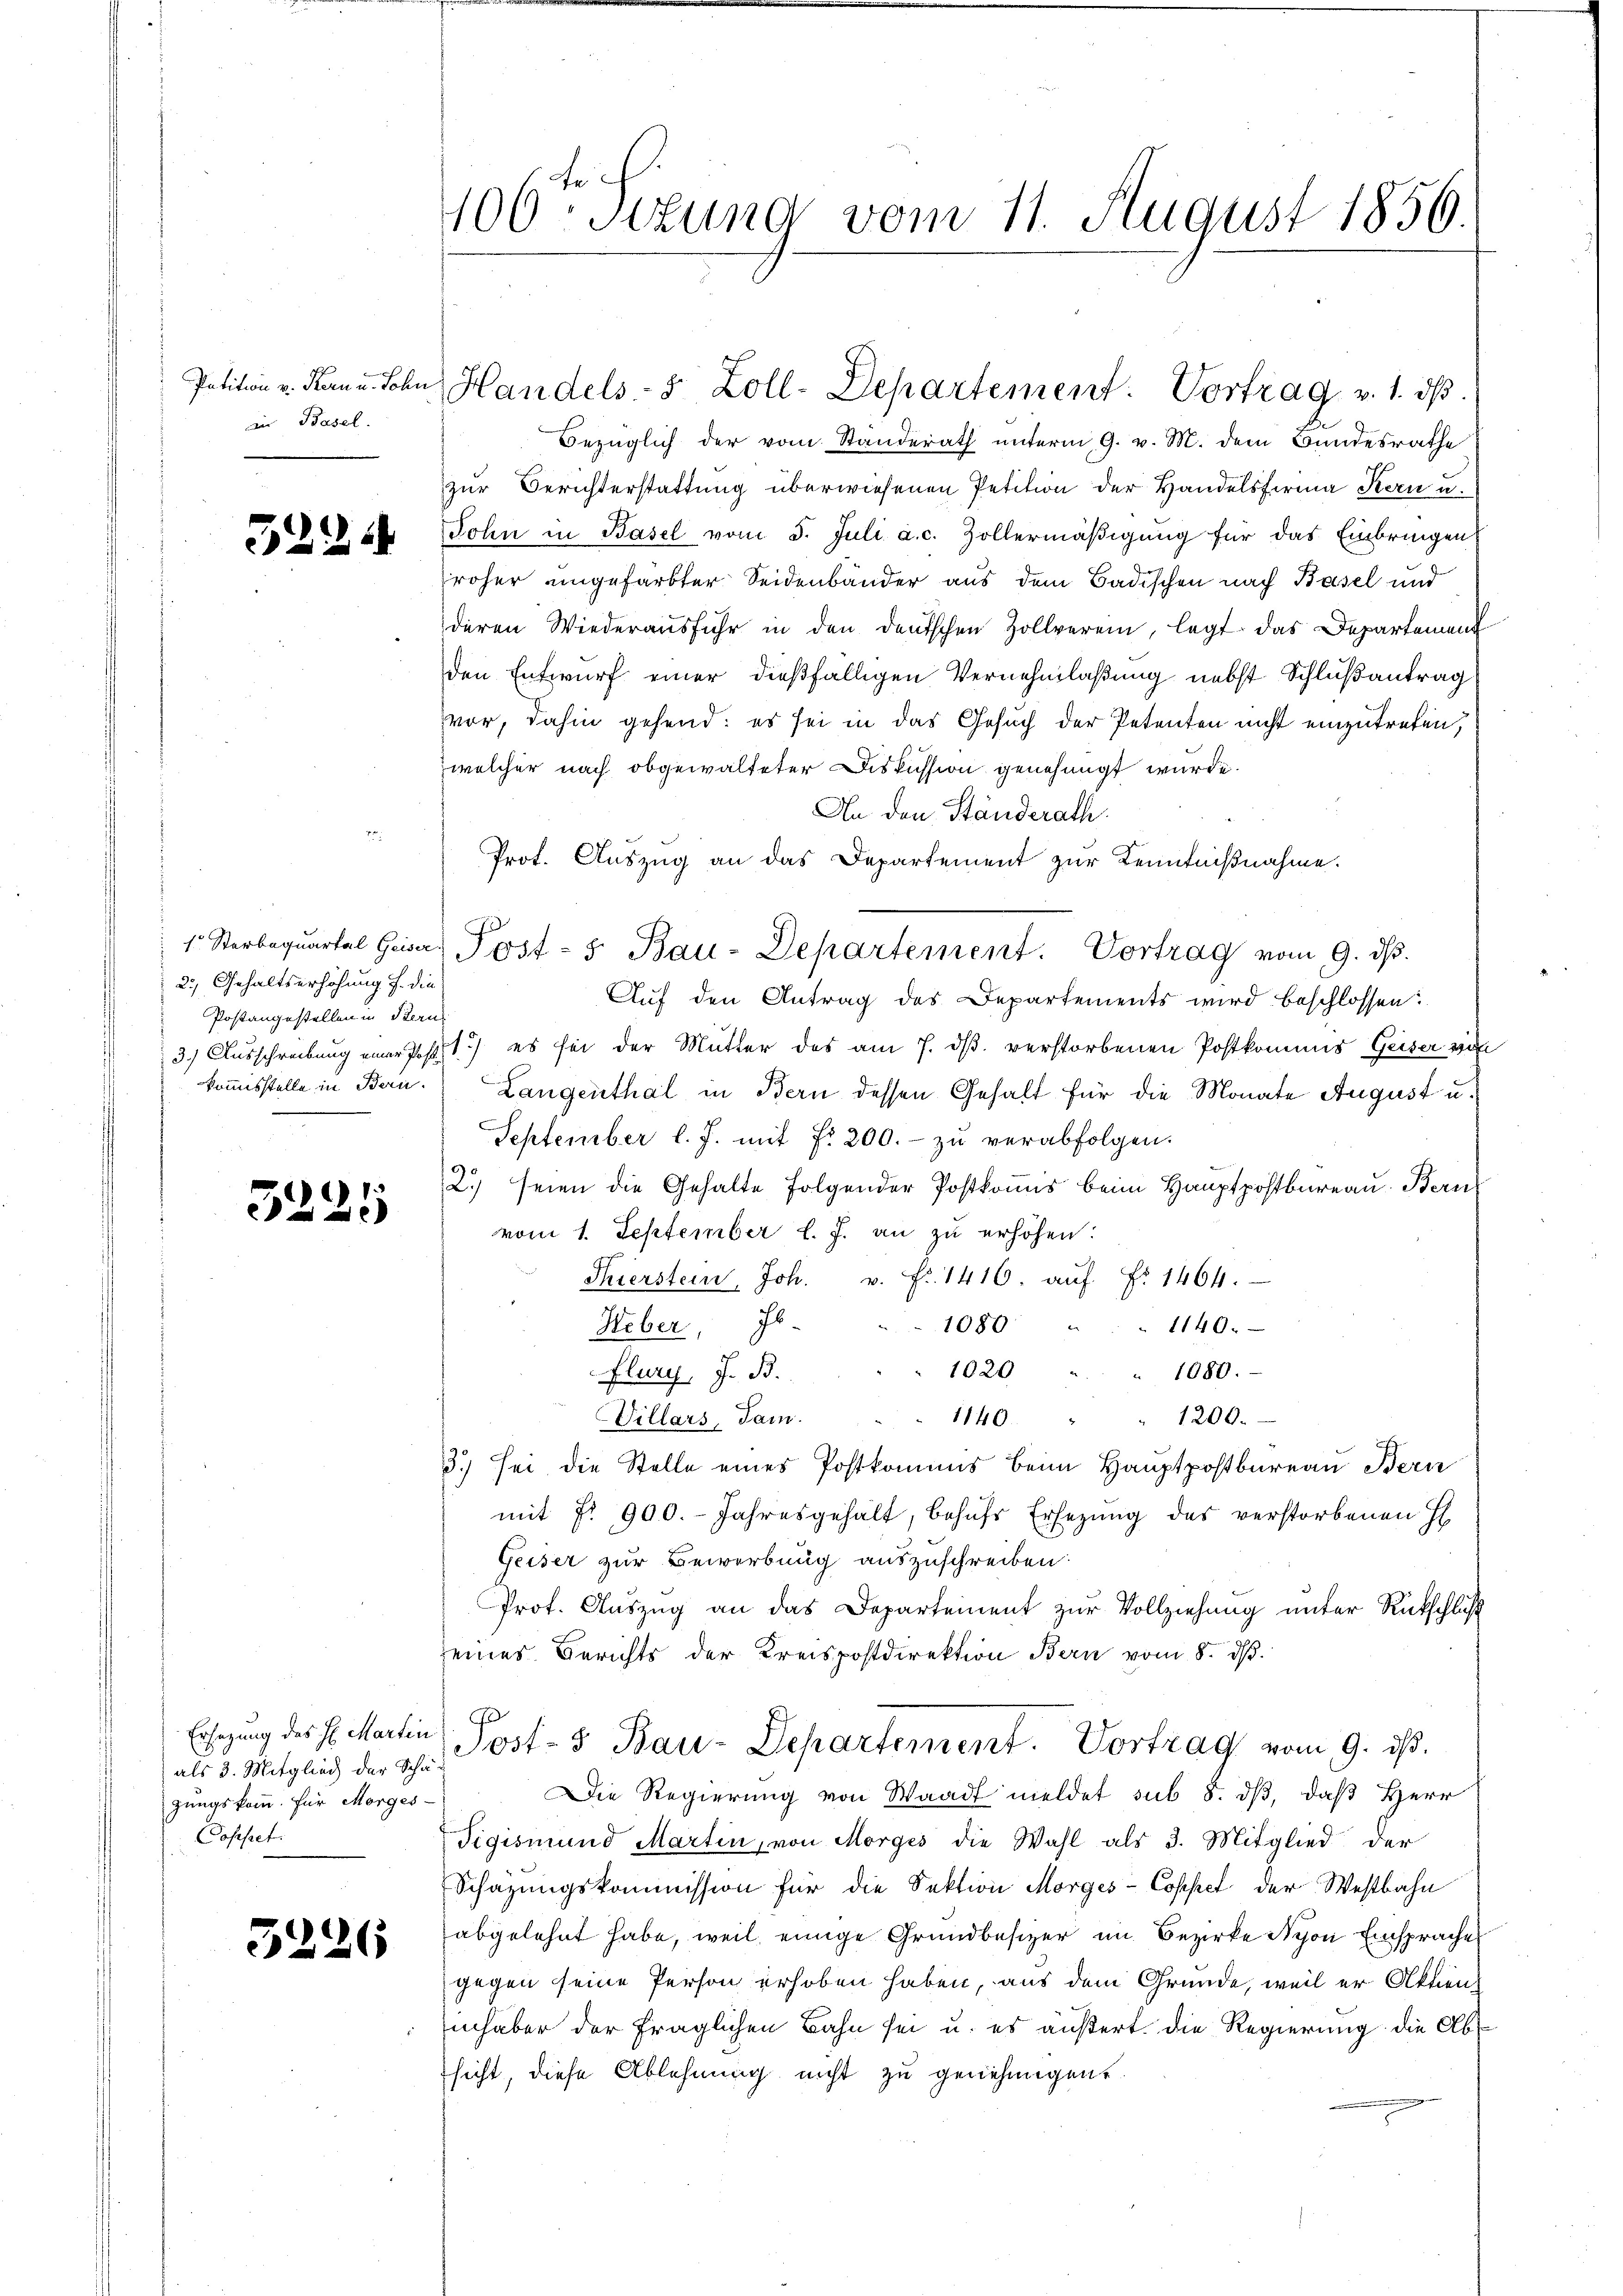
der Basel.

322.

5225

3226

100 Stzung vom 11. August 1856.

Bezüglich der vom Standerath unterm 9. v. M. dem Bundesrathe
zur Berichterstattung überwiesenen Petition der Handelsfirma Kern u.
John in Basel vom 5. Juli a. c. Zollermäßigung für das Einbringen
roher ungefärbter Seidenbänder aus dem Badischen nach Basel und
deren Wiederausfuhr in den deutschen Zollverein, legt das Departemend
den Entwurf einer dießfälligen Vernehmlaßung nebst Schlußantrag
vor, dahin gehend: es sei in das Gesuch der Petenten nicht einzutreten,
welcher nach obgewalteter Diskussion genehmigt wurde.
An den Ständerath.
Auf den Antrag des Departements wird beschlossen:
3.) Ausschreibung einer Post es sei der Mutter des am 7. dβ verstorbenen Postkommis Geiser sich
kommisstelle in Bern. Langenthal in Bern dessen Gehalt für die Monate August u.
September l. J. mit Fr. 200.- zŭ verabfolgen.
2.) seien die Gehalte folgender Postkomis beim Hauptpostbureau. Bern
vom 1. September l. J. an zu erhöhen:
Sierstein, Joh. v. fr. 1416. aŭf Fr. 1464.
Heber, Jb
1080
1140.
1020
1080.
Flury, J. B.
1200.
Villars, Sam
1140.
3.) Sei die Stelle eines Postkommis beim Hauptpostbureau Bern
mit fr. 900. Jahresgehalt, behŭfs Ersezung des verstorbenen H
Geiser zur Bewerbung auszuschreiben.
Prot. Auszug an das Departement zur Vollziehung unter Rückschluß
seines Berichts der Kreispostdirektion Bern vom 8. dβ.
Ersezung des H. Martin Post- & Bau-Departement. Vortrag vom 9. ds.
Die Regierung von Waadt meldet sub 8. dβ, daß Herr
Tigismund Martin, von Morges die Wahl als 3. Mitglied der
Schazungskommission für die Sektion Morges- Coppel der Westbahn
abgelehnt habe, weil einige Grundbesizer im Bezirke Nyon Einsprache
gegen seine Person erhoben haben, aus dem Grunde, weil er Aktieninhaber der fraglichen Bahn sei u. es äußert, die Regierung die Absicht, diese Ablehnung nicht zu genehmigen.

2. Gehaltserhöhung f. die
Postangestellen in Bern

als 3. Mitglied der Schägungskomm. Für Morges-
Cosesset.

Petition v. Kann Sohn Handels- 8 Zoll-Departement: Vortrag v. 1. dβ.

Prot. Auszug an das Departement zur Kenntnißnahme.
1. Sterbequartal Geser Post- 5. Bau-Departement. Vortrag vom 9. dβ.